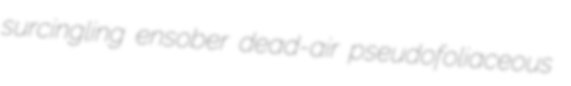
surcingling ensober dead-air pseudofoliaceous